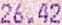
26.42